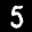
Label: 5